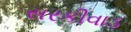
સરકીવાડ